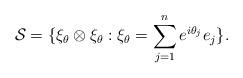
LaTeX: \begin{align*}\mathcal{S}=\{\xi_{\theta}\otimes\xi_{\theta}:\xi_{\theta}=\sum_{j=1}^{n} e^{i\theta_{j}} e_{j}\}.\end{align*}